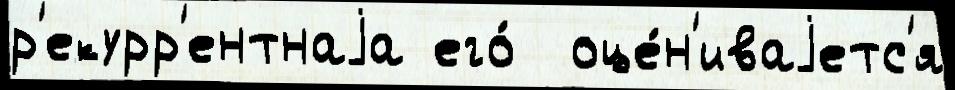
р'екурр'ентнаjа его́  оце́н'иваjетс'я